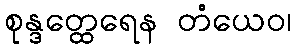
စုန္ဒတ္ထေရေန တံယေဝ၊